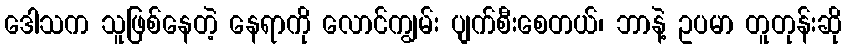
ဒေါသက သူဖြစ်နေတဲ့ နေရာကို လောင်ကျွမ်း ပျက်စီးစေတယ်၊ ဘာနဲ့ ဥပမာ တူတုန်းဆို